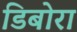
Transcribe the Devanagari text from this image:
डिबोरा